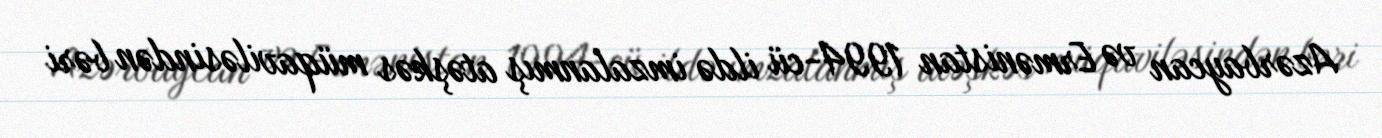
Azərbaycan və Ermənistan 1994-cü ildə imzalanmış atəşkəs müqaviləsindən bəri